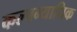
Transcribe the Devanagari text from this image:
कल्पन्याधिक